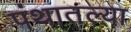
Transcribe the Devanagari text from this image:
पंथातल्या